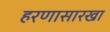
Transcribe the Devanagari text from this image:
हरणासारखा